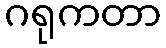
ဂရုကတာ